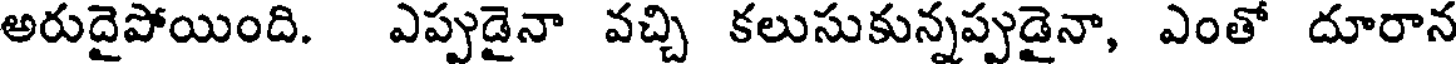
అరుదైపోయింది. ఎప్పుడైనా వచ్చి కలుసుకున్నప్పుడైనా, ఎంతో దూరాన